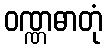
ဝဏ္ဏဓာတုံ